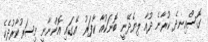
ގޮސްއިނދެ ކުރާނެ ދުއާ ލިޔެދޭނީ ބޮނަކުއާ ކާފަރު  އޭގައި އޮންނާނީ މިސަރުކާރުދެކެ